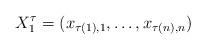
LaTeX: \begin{align*}X_{1}^\tau = (x_{\tau(1),1},\dots, x_{\tau(n),n})\end{align*}